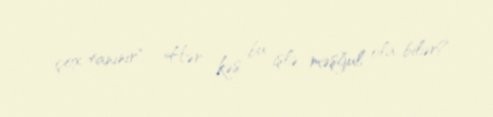
çox tanınır" - Hər kəs bu işlə məşğul ola bilər?.